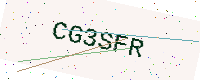
Text: CG3SFR